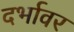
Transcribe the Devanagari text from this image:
दर्भावर